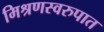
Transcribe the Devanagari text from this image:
मिश्रणस्वरुपात